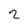
Character: 2